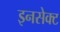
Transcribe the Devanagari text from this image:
इनसेक्ट